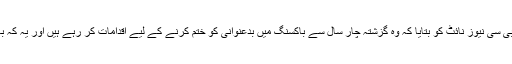
اے آئی بی اے کے صدر ڈاکٹر چنگ کیو نے بی بی سی نیوز نائٹ کو بتایا کہ وہ گزشتہ چار سال سے باکسنگ میں بدعنوانی کو ختم کرنے کے لیے اقدامات کر رہے ہیں اور یہ کہ باکسنگ میں بد عنوانی برداشت نہیں کی جائے گی۔